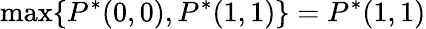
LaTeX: \operatorname*{max}\{ P^{*}(0,0),P^{*}(1,1)\} =P^{*}(1,1)